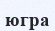
югра